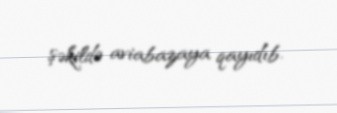
şəkildə aviabazaya qayıdıb.